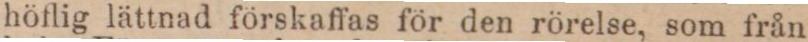
höflig lättnad förskaffas för den rörelse, som från